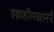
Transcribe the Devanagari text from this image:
इब्राहीमखानने